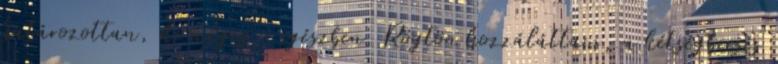
határozottan, de mégis - egészben. Rögtön hozzáláttam, a kétségbeesés